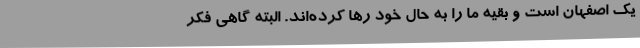
یک اصفهان است و بقیه ما را به حال خود رها کرده‌اند. البته گاهی فکر